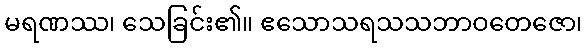
မရဏဿ၊ သေခြင်း၏။ ဧသောသရသသဘာဝတေဇော၊